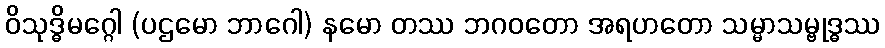
ဝိသုဒ္ဓိမဂ္ဂေါ (ပဌမော ဘာဂေါ) နမော တဿ ဘဂဝတော အရဟတော သမ္မာသမ္ဗုဒ္ဓဿ